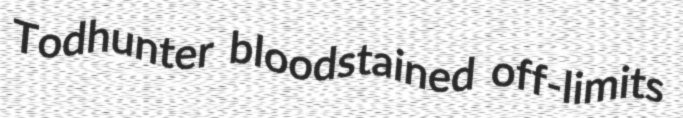
Todhunter bloodstained off-limits